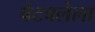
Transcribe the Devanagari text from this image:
पेटवलेला